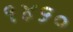
૧૪૬૦